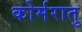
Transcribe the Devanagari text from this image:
कोर्मरातु